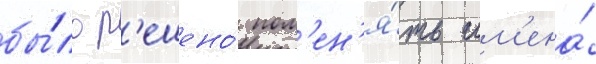
бы́ло р'ешено́ пом'ен'я́ть им'ена́